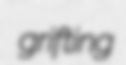
grifting